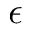
\epsilon